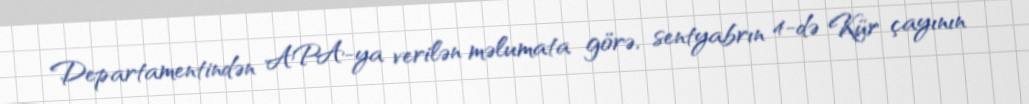
Departamentindən APA-ya verilən məlumata görə, sentyabrın 4-də Kür çayının